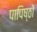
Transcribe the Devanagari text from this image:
पापिष्ठों